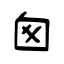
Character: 囪